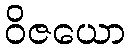
ဝိဇယော